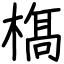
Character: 𣘺